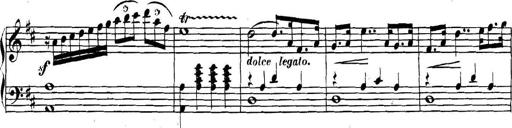
Title: Collected Piano Sonatas
Composer: Muzio Clementi